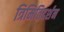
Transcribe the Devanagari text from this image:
त्रिमितिदर्शन